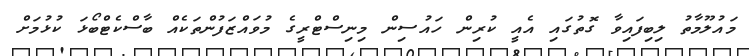
މައުލޫމާތު ލިބިފައިވާ ގޮތުގައި އެއީ ކުރިން ހައުސިން މިނިސްޓްރީގެ މުވައްޒަފުންތަކެއް ބާސްކެޓްބޯޅަ ކުޅުމަށް